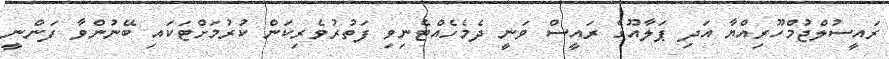
ރައީސުލްޖުމްހޫރިއްޔާ އަދި ޕަލާއޫގެ ރައީސް ވަނީ ދެމެހެއްޓެނިވި ފަތުރުވެރިކަން ކުރުމަށްޓަކައި ބޭނުންވާ ފަންނީ